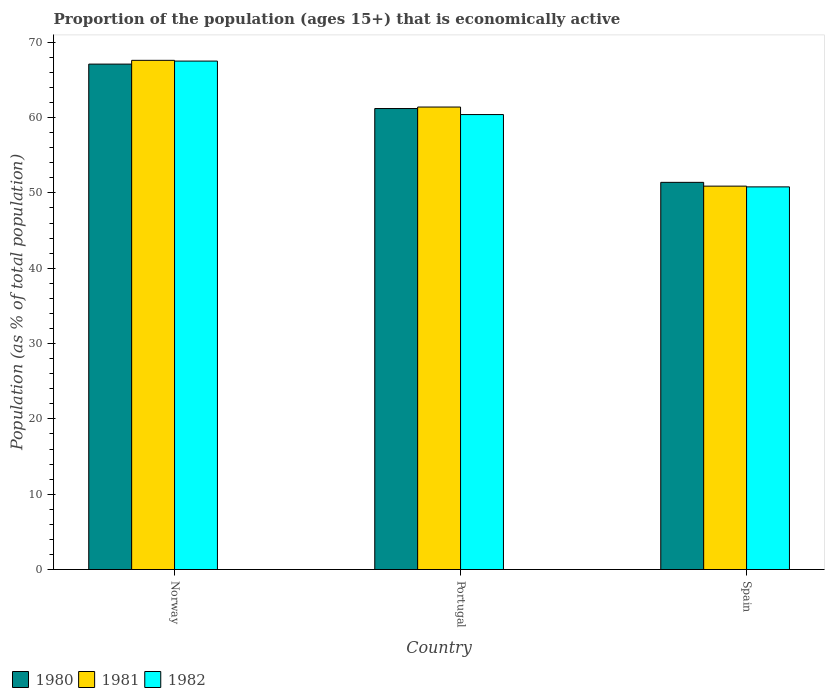
| Country | 1980 | 1981 | 1982 |
 | --- | --- | --- | --- |
 | Norway | 67.1 | 67.6 | 67.5 |
 | Portugal | 61.2 | 61.4 | 60.4 |
 | Spain | 51.4 | 50.9 | 50.8 |